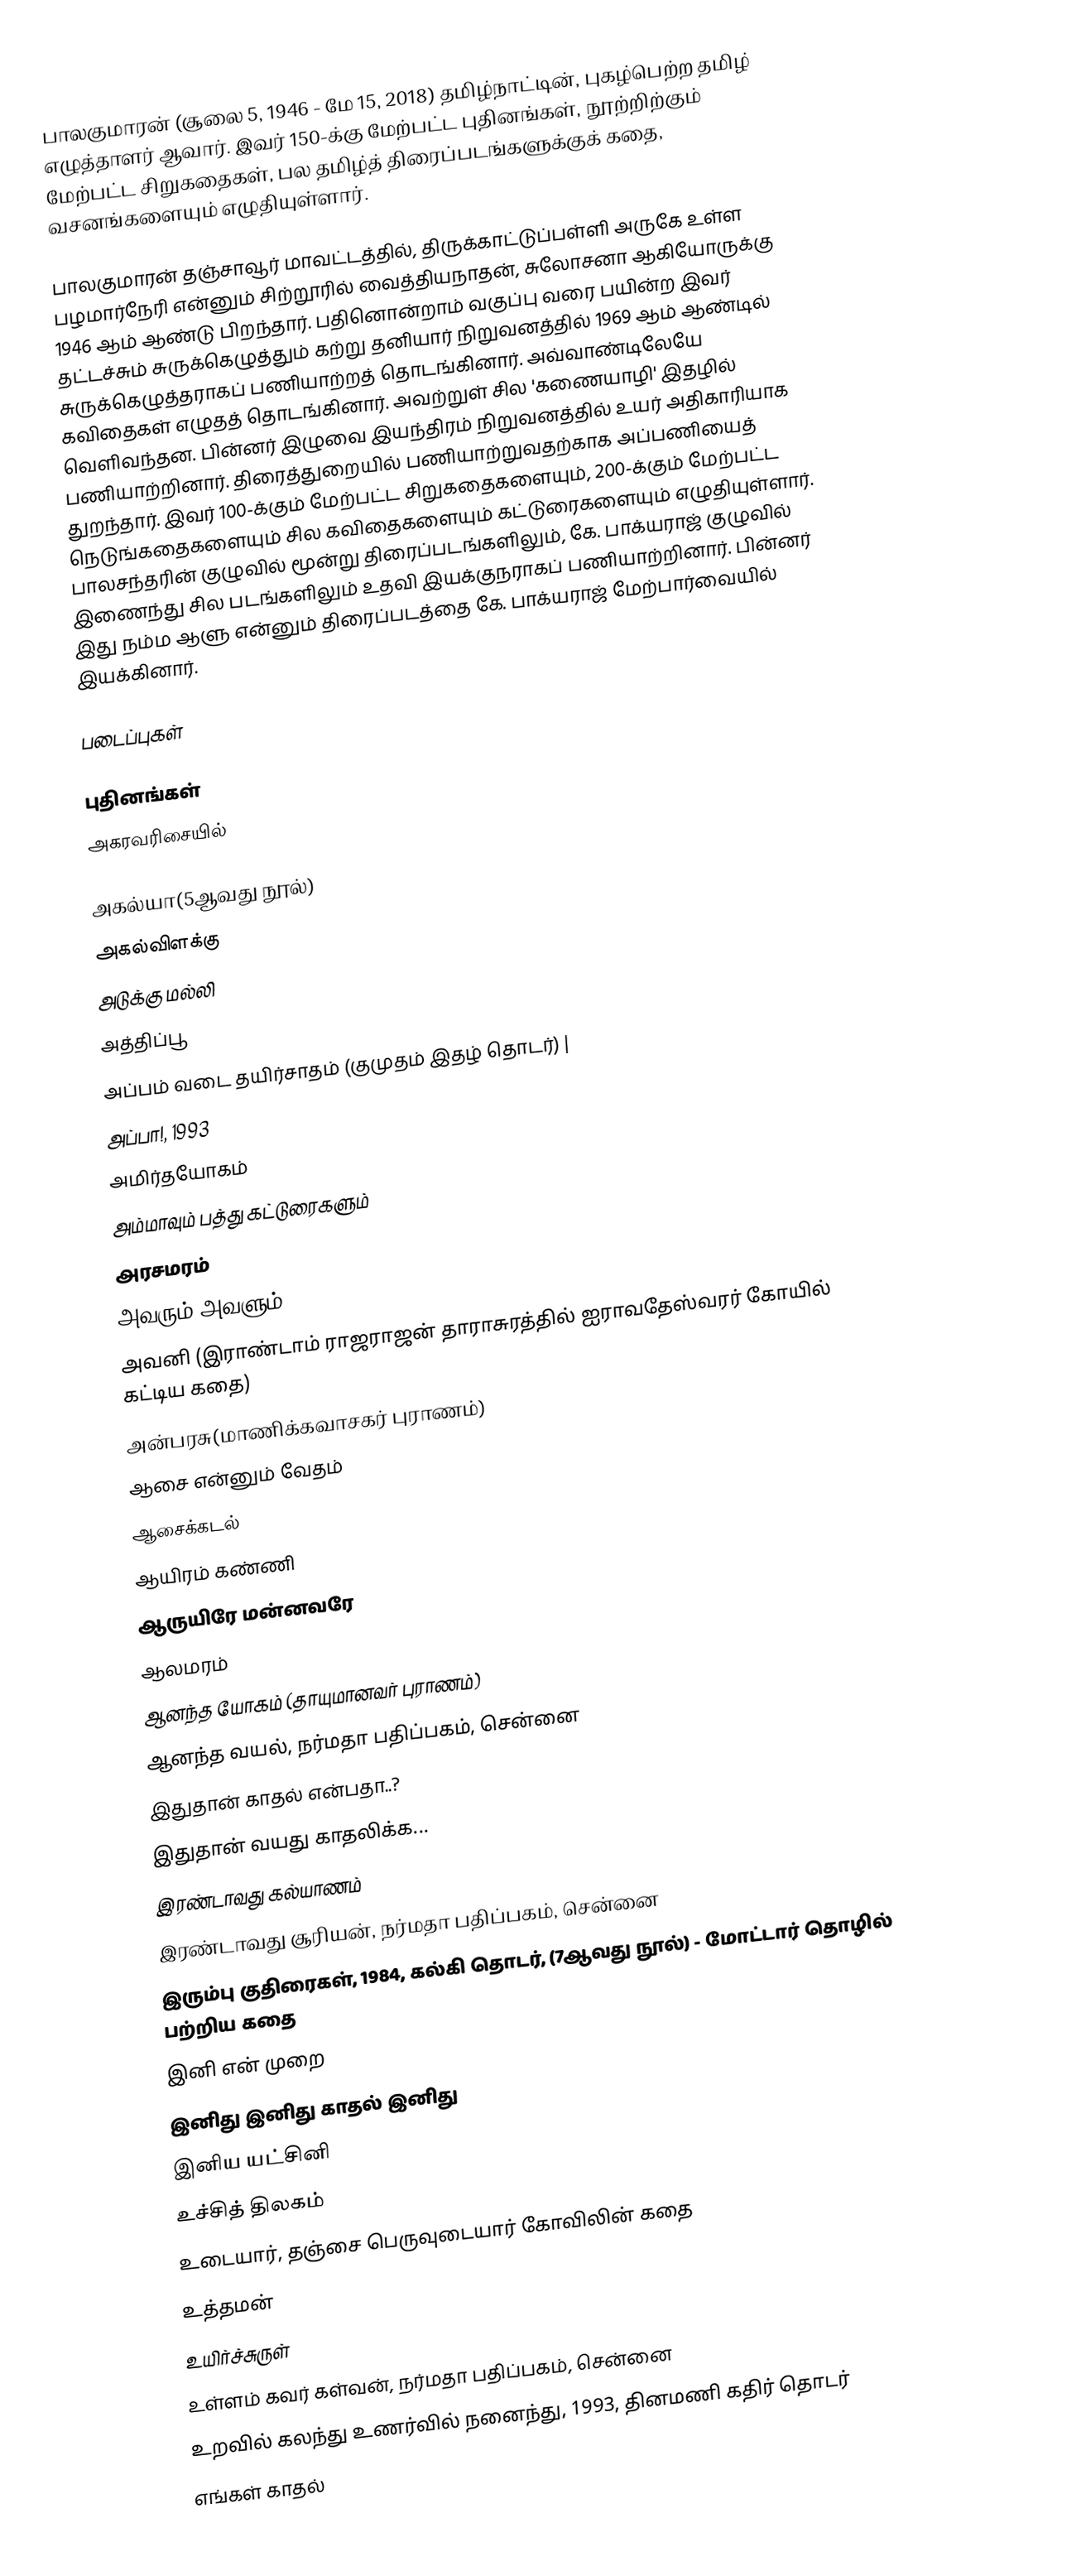
பாலகுமாரன் (சூலை 5, 1946 - மே 15, 2018) தமிழ்நாட்டின், புகழ்பெற்ற தமிழ் எழுத்தாளர் ஆவார். இவர் 150-க்கு மேற்பட்ட புதினங்கள், நூற்றிற்கும் மேற்பட்ட சிறுகதைகள், பல தமிழ்த் திரைப்படங்களுக்குக் கதை, வசனங்களையும் எழுதியுள்ளார்.

பாலகுமாரன் தஞ்சாவூர் மாவட்டத்தில், திருக்காட்டுப்பள்ளி அருகே உள்ள பழமார்நேரி என்னும் சிற்றூரில் வைத்தியநாதன், சுலோசனா ஆகியோருக்கு 1946 ஆம் ஆண்டு பிறந்தார். பதினொன்றாம் வகுப்பு வரை பயின்ற இவர் தட்டச்சும் சுருக்கெழுத்தும் கற்று தனியார் நிறுவனத்தில் 1969 ஆம் ஆண்டில் சுருக்கெழுத்தராகப் பணியாற்றத் தொடங்கினார். அவ்வாண்டிலேயே கவிதைகள் எழுதத் தொடங்கினார். அவற்றுள் சில 'கணையாழி' இதழில் வெளிவந்தன. பின்னர் இழுவை இயந்திரம் நிறுவனத்தில் உயர் அதிகாரியாக பணியாற்றினார். திரைத்துறையில் பணியாற்றுவதற்காக அப்பணியைத் துறந்தார். இவர் 100-க்கும் மேற்பட்ட சிறுகதைகளையும், 200-க்கும் மேற்பட்ட நெடுங்கதைகளையும் சில கவிதைகளையும் கட்டுரைகளையும் எழுதியுள்ளார். பாலசந்தரின் குழுவில் மூன்று திரைப்படங்களிலும், கே. பாக்யராஜ் குழுவில் இணைந்து சில படங்களிலும் உதவி இயக்குநராகப் பணியாற்றினார். பின்னர் இது நம்ம ஆளு என்னும் திரைப்படத்தை கே. பாக்யராஜ் மேற்பார்வையில் இயக்கினார்.

படைப்புகள்

புதினங்கள்
அகரவரிசையில்

 அகல்யா(5ஆவது நூல்)
 அகல்விளக்கு
 அடுக்கு மல்லி
 அத்திப்பூ
 அப்பம் வடை தயிர்சாதம் (குமுதம் இதழ் தொடர்) |
 அப்பா!, 1993
 அமிர்தயோகம்
 அம்மாவும் பத்து கட்டுரைகளும்
 அரசமரம்
 அவரும் அவளும்
 அவனி (இராண்டாம் ராஜராஜன் தாராசுரத்தில் ஐராவதேஸ்வரர் கோயில் கட்டிய கதை)
 அன்பரசு(மாணிக்கவாசகர் புராணம்)
 ஆசை என்னும் வேதம்
 ஆசைக்கடல்
 ஆயிரம் கண்ணி
 ஆருயிரே மன்னவரே
 ஆலமரம்
 ஆனந்த யோகம் (தாயுமானவர் புராணம்)
 ஆனந்த வயல், நர்மதா பதிப்பகம், சென்னை
 இதுதான் காதல் என்பதா..?
 இதுதான் வயது காதலிக்க...
 இரண்டாவது கல்யாணம்
 இரண்டாவது சூரியன், நர்மதா பதிப்பகம், சென்னை
 இரும்பு குதிரைகள், 1984, கல்கி தொடர், (7ஆவது நூல்) - மோட்டார் தொழில் பற்றிய கதை
 இனி என் முறை
 இனிது இனிது காதல் இனிது
 இனிய யட்சினி
 உச்சித் திலகம்
 உடையார், தஞ்சை பெருவுடையார் கோவிலின் கதை
 உத்தமன்
 உயிர்ச்சுருள்
 உள்ளம் கவர் கள்வன், நர்மதா பதிப்பகம், சென்னை
 உறவில் கலந்து உணர்வில் நனைந்து, 1993, தினமணி கதிர் தொடர்
 எங்கள் காதல்